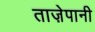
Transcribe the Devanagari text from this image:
ताज़ेपानी